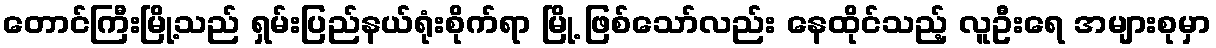
တောင်ကြီးမြို့သည် ရှမ်းပြည်နယ်ရုံးစိုက်ရာ မြို့ ဖြစ်သော်လည်း နေထိုင်သည့် လူဦးရေ အများစုမှာ